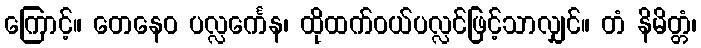
ကြောင့်။ တေနေဝ ပလ္လင်္ကေန၊ ထိုထက်ဝယ်ပလ္လင်ဖြင့်သာလျှင်။ တံ နိမိတ္တံ၊